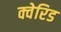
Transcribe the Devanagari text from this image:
क्वेरिड